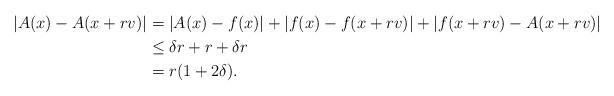
LaTeX: \begin{align*}|A(x)-A(x+rv)|&=|A(x)-f(x)|+|f(x)-f(x+rv)|+|f(x+rv)-A(x+rv)|\\& \leq \delta r + r+\delta r \\&=r(1+2\delta ).\end{align*}